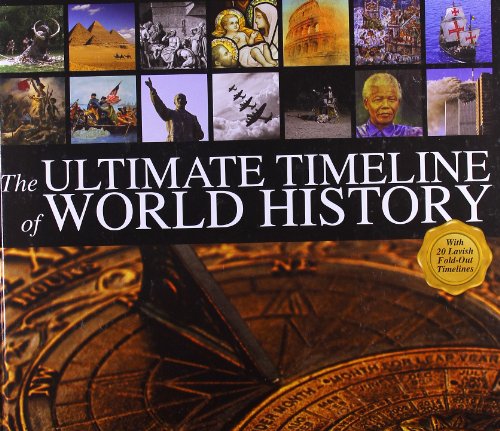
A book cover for The Ultimate Timeline of World History: With 20 Lavish Fold-Out Timelines; Christoph Marx; History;